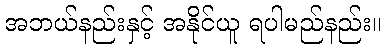
အဘယ်နည်းနှင့် အနိုင်ယူ ရပါမည်နည်း။